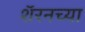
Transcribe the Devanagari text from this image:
शॅरनच्या